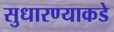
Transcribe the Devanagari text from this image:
सुधारण्याकडे